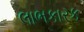
લાભકારક